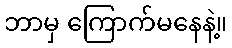
ဘာမှ ကြောက်မနေနဲ့။